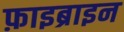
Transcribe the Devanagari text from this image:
फ़ाइब्राइन